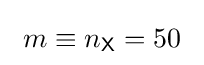
\ m\equiv n_{\mathsf {X}}=50\